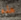
هذه